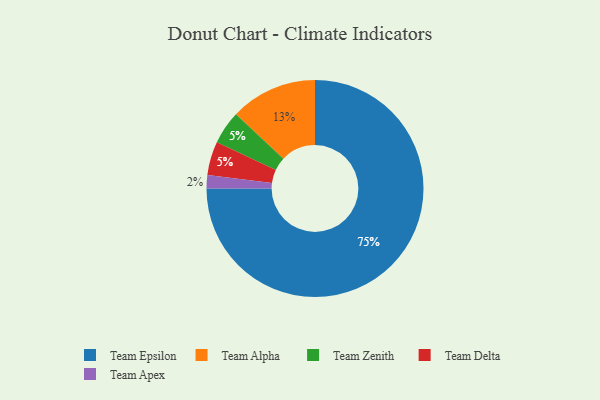
{"axis": {"x": "Category", "y": "Percentage"}, "legend": ["Team Alpha", "Team Apex", "Team Delta", "Team Epsilon", "Team Zenith"], "data": [{"x": "Team Alpha", "y": 13, "type": "Team Alpha"}, {"x": "Team Epsilon", "y": 75, "type": "Team Epsilon"}, {"x": "Team Zenith", "y": 5, "type": "Team Zenith"}, {"x": "Team Delta", "y": 5, "type": "Team Delta"}, {"x": "Team Apex", "y": 2, "type": "Team Apex"}]}